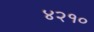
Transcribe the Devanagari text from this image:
४२१०